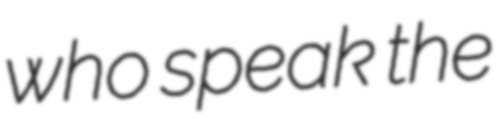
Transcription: who speak the